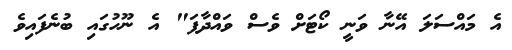
އެ މައްސަލަ އޭނާ ވަނީ ކޯޓަށް ވެސް ވައްދާފަ" އެ ނޫހުގައި ބުނެފައިވެ